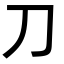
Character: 刀